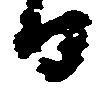
日